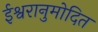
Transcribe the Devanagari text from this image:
ईश्वरानुमोदित